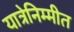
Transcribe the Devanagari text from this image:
यात्रेनिम्मीत